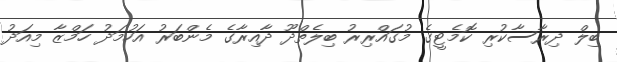
ބިލް ދިރާސާކުރި ކޮމެޓީގެ މުގައްރިރު ބިލެތްދޫ ދާއިރާގެ މެންބަރު އަހުމަދު ހަމްޒާ މިއަދު